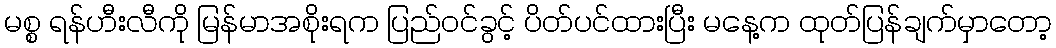
မစ္စ ရန်ဟီးလီကို မြန်မာအစိုးရက ပြည်ဝင်ခွင့် ပိတ်ပင်ထားပြီး မနေ့က ထုတ်ပြန်ချက်မှာတော့